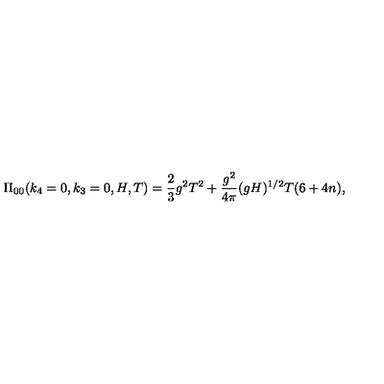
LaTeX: \Pi _ { 0 0 } ( k _ { 4 } = 0 , k _ { 3 } = 0 , H , T ) = \frac { 2 } { 3 } g ^ { 2 } T ^ { 2 } + \frac { g ^ { 2 } } { 4 \pi } ( g H ) ^ { 1 / 2 } T ( 6 + 4 n ) ,